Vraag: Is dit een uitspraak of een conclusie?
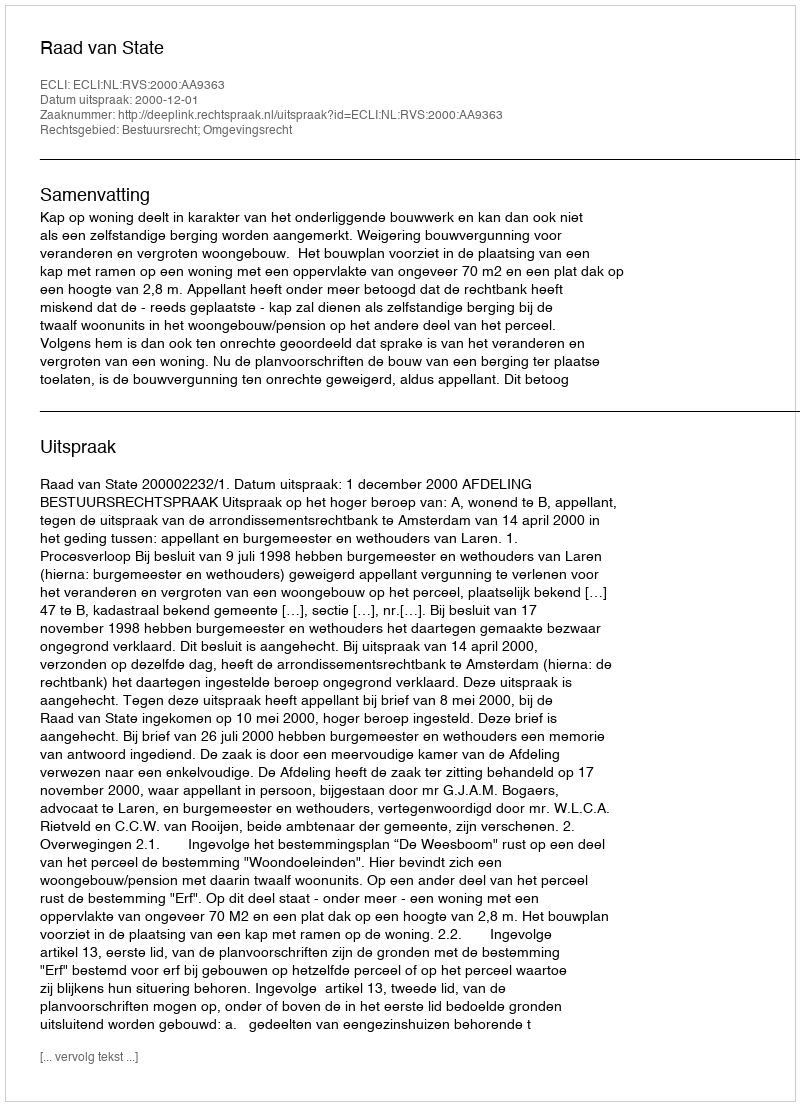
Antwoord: Uitspraak